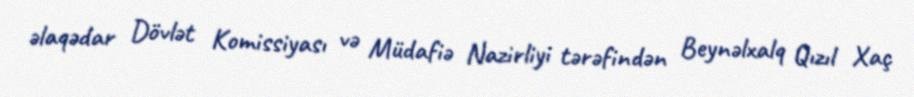
əlaqədar Dövlət Komissiyası və Müdafiə Nazirliyi tərəfindən Beynəlxalq Qızıl Xaç